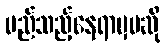
မည်သည့်နေရာမှမဆို